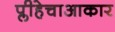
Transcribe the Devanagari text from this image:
प्लीहेचाआकार